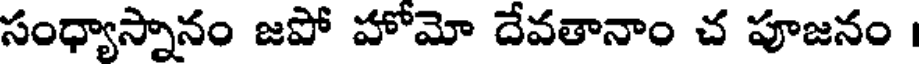
సంధ్యాస్నానం జపో హోమో దేవతానాం చ పూజనం |